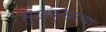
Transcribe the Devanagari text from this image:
सुखदुःखाच्या